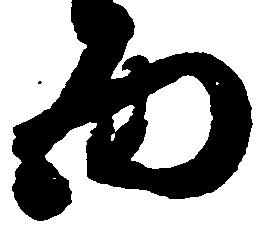
面